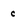
Character: c